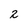
Character: 2